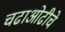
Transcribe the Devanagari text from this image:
चढाओढीचे